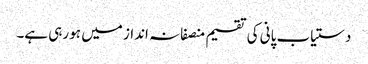
دستیاب پانی کی تقسیم منصفانہ انداز میں ہو رہی ہے۔